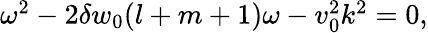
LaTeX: \begin{array}{r}{\omega^{2}-2\delta w_{0}(l+m+1)\omega-v_{0}^{2}k^{2}=0,}\end{array}